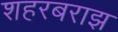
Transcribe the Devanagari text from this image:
शहरबराझ